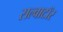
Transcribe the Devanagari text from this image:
सल्वाटॉर